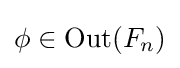
\phi \in \operatorname {Out} (F_{n})